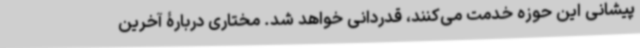
پیشانی این حوزه خدمت می‌کنند، قدردانی خواهد شد. مختاری دربارۀ آخرین